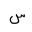
Letter: _sin